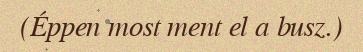
(Éppen most ment el a busz.)